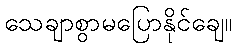
သေချာစွာမပြောနိုင်ချေ။